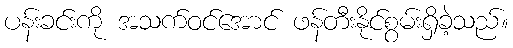
ပန်းခင်းကို အသက်ဝင်အောင် ဖန်တီးနိုင်စွမ်းရှိခဲ့သည်။